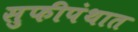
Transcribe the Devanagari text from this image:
सुफीपंथात